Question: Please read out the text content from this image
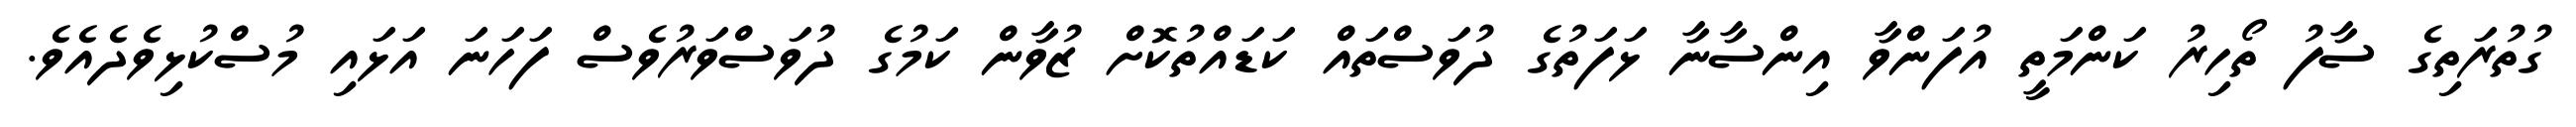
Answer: ގުތުރަތިގެ ސާފު ތޯހިރު ކަންމަތީ އުފަންވާ އިންސާނާ ޅަފަތުގެ ދުވަސްތައް ކަޑައްތުކޮށް ޒުވާން ކަމުގެ ދުވަސްވަރުވެސް ފަހަނަ އަޅައި މުސްކުޅިވެދެއެވެ.